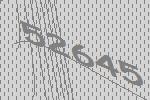
52645